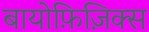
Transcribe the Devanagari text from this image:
बायोफ़िज़िक्स